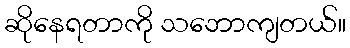
ဆိုနေရတာကို သဘောကျတယ်။